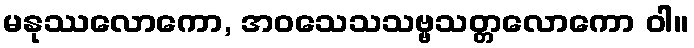
မနုဿလောကော, အဝသေသသဗ္ဗသတ္တလောကော ဝါ။